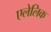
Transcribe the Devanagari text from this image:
एलेलिक